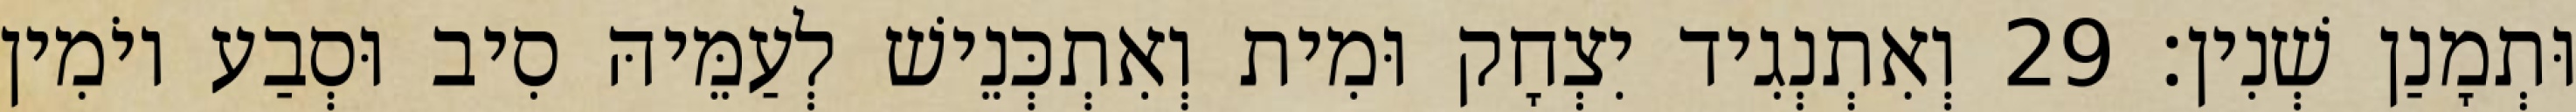
וּתְמָנַן שְׁנִין׃ 29 וְאִתְנְגִיד יִצְחָק וּמִית וְאִתְכְּנֵישׁ לְעַמֵּיהּ סִיב וּסְבַע יוֹמִין